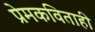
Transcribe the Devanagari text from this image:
प्रेमकविताही